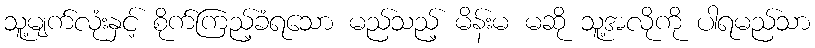
သူ့မျက်လုံးနှင့် စိုက်ကြည့်ခံရသော မည်သည့် မိန်းမ မဆို သူ့အလိုကို ပါရမည်သာ